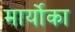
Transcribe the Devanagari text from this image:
मार्योका